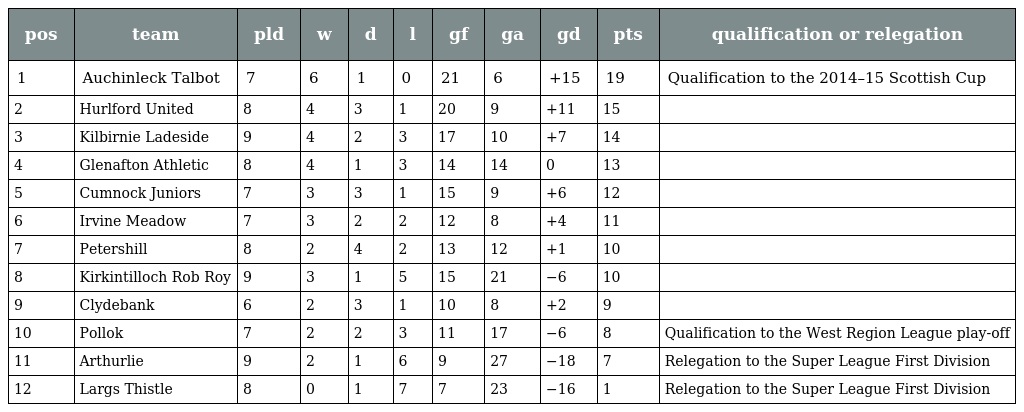
| pos | team | pld | w | d | l | gf | ga | gd | pts | qualification or relegation |
 | --- | --- | --- | --- | --- | --- | --- | --- | --- | --- | --- |
 | 1 | Auchinleck Talbot | 7 | 6 | 1 | 0 | 21 | 6 | +15 | 19 | Qualification to the 2014–15 Scottish Cup |
 | 2 | Hurlford United | 8 | 4 | 3 | 1 | 20 | 9 | +11 | 15 |  |
 | 3 | Kilbirnie Ladeside | 9 | 4 | 2 | 3 | 17 | 10 | +7 | 14 |  |
 | 4 | Glenafton Athletic | 8 | 4 | 1 | 3 | 14 | 14 | 0 | 13 |  |
 | 5 | Cumnock Juniors | 7 | 3 | 3 | 1 | 15 | 9 | +6 | 12 |  |
 | 6 | Irvine Meadow | 7 | 3 | 2 | 2 | 12 | 8 | +4 | 11 |  |
 | 7 | Petershill | 8 | 2 | 4 | 2 | 13 | 12 | +1 | 10 |  |
 | 8 | Kirkintilloch Rob Roy | 9 | 3 | 1 | 5 | 15 | 21 | −6 | 10 |  |
 | 9 | Clydebank | 6 | 2 | 3 | 1 | 10 | 8 | +2 | 9 |  |
 | 10 | Pollok | 7 | 2 | 2 | 3 | 11 | 17 | −6 | 8 | Qualification to the West Region League play-off |
 | 11 | Arthurlie | 9 | 2 | 1 | 6 | 9 | 27 | −18 | 7 | Relegation to the Super League First Division |
 | 12 | Largs Thistle | 8 | 0 | 1 | 7 | 7 | 23 | −16 | 1 | Relegation to the Super League First Division |